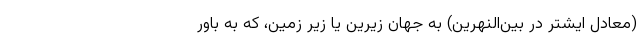
(معادل ایشتر در بین‌النهرین) به جهان زیرین یا زیر زمین، که به باور